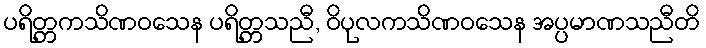
ပရိတ္တကသိဏဝသေန ပရိတ္တသညီ, ဝိပုလကသိဏဝသေန အပ္ပမာဏသညီတိ